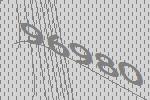
96980